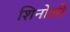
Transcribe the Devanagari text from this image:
शिनोली